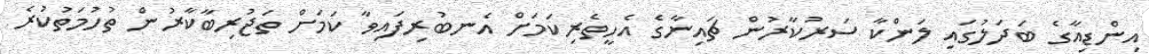
އިންޑިއާގެ ބަދަލުގައި ލަންކާ ސަރުކާރުން ޗައިނާގެ އެހީތެރިކަމަށް އެނބުރިފައިވާ ކަމަށް ތަޖުރިބާކާރުން ތުހުމަތުކުރެ